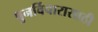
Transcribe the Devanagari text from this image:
पुनर्विचारासाठी